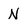
Character: N